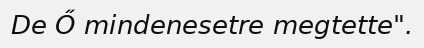
De Ő mindenesetre megtette".